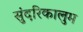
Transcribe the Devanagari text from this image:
सुंदरिकालुम